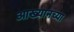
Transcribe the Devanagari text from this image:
आख्यानच्या